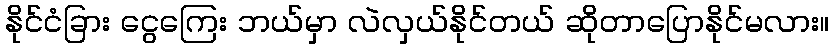
နိုင်ငံခြား ငွေကြေး ဘယ်မှာ လဲလှယ်နိုင်တယ် ဆိုတာပြောနိုင်မလား။